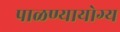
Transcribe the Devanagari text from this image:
पाळण्यायोग्य